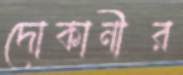
দোকানীর